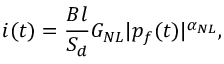
i ( t ) = \frac { B l } { S _ { d } } G _ { N L } | p _ { f } ( t ) | ^ { \alpha _ { N L } } ,